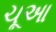
ચૂઆ